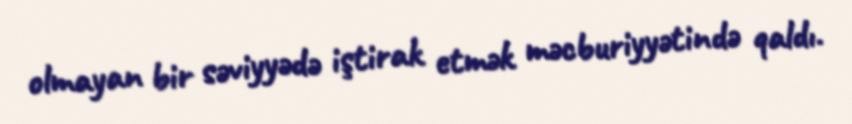
olmayan bir səviyyədə iştirak etmək məcburiyyətində qaldı.